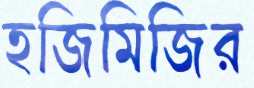
হজিমিজির